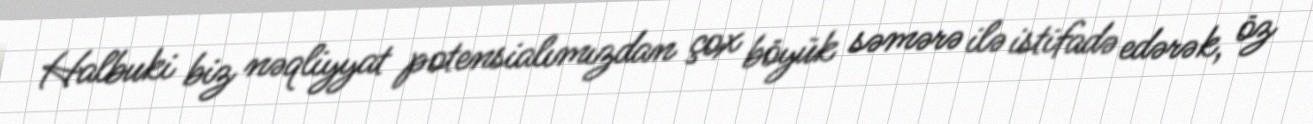
Halbuki biz nəqliyyat potensialımızdan çox böyük səmərə ilə istifadə edərək, öz